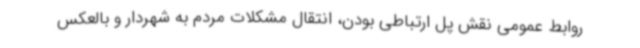
روابط عمومی نقش پل ارتباطی بودن، انتقال مشکلات مردم به شهردار و بالعکس